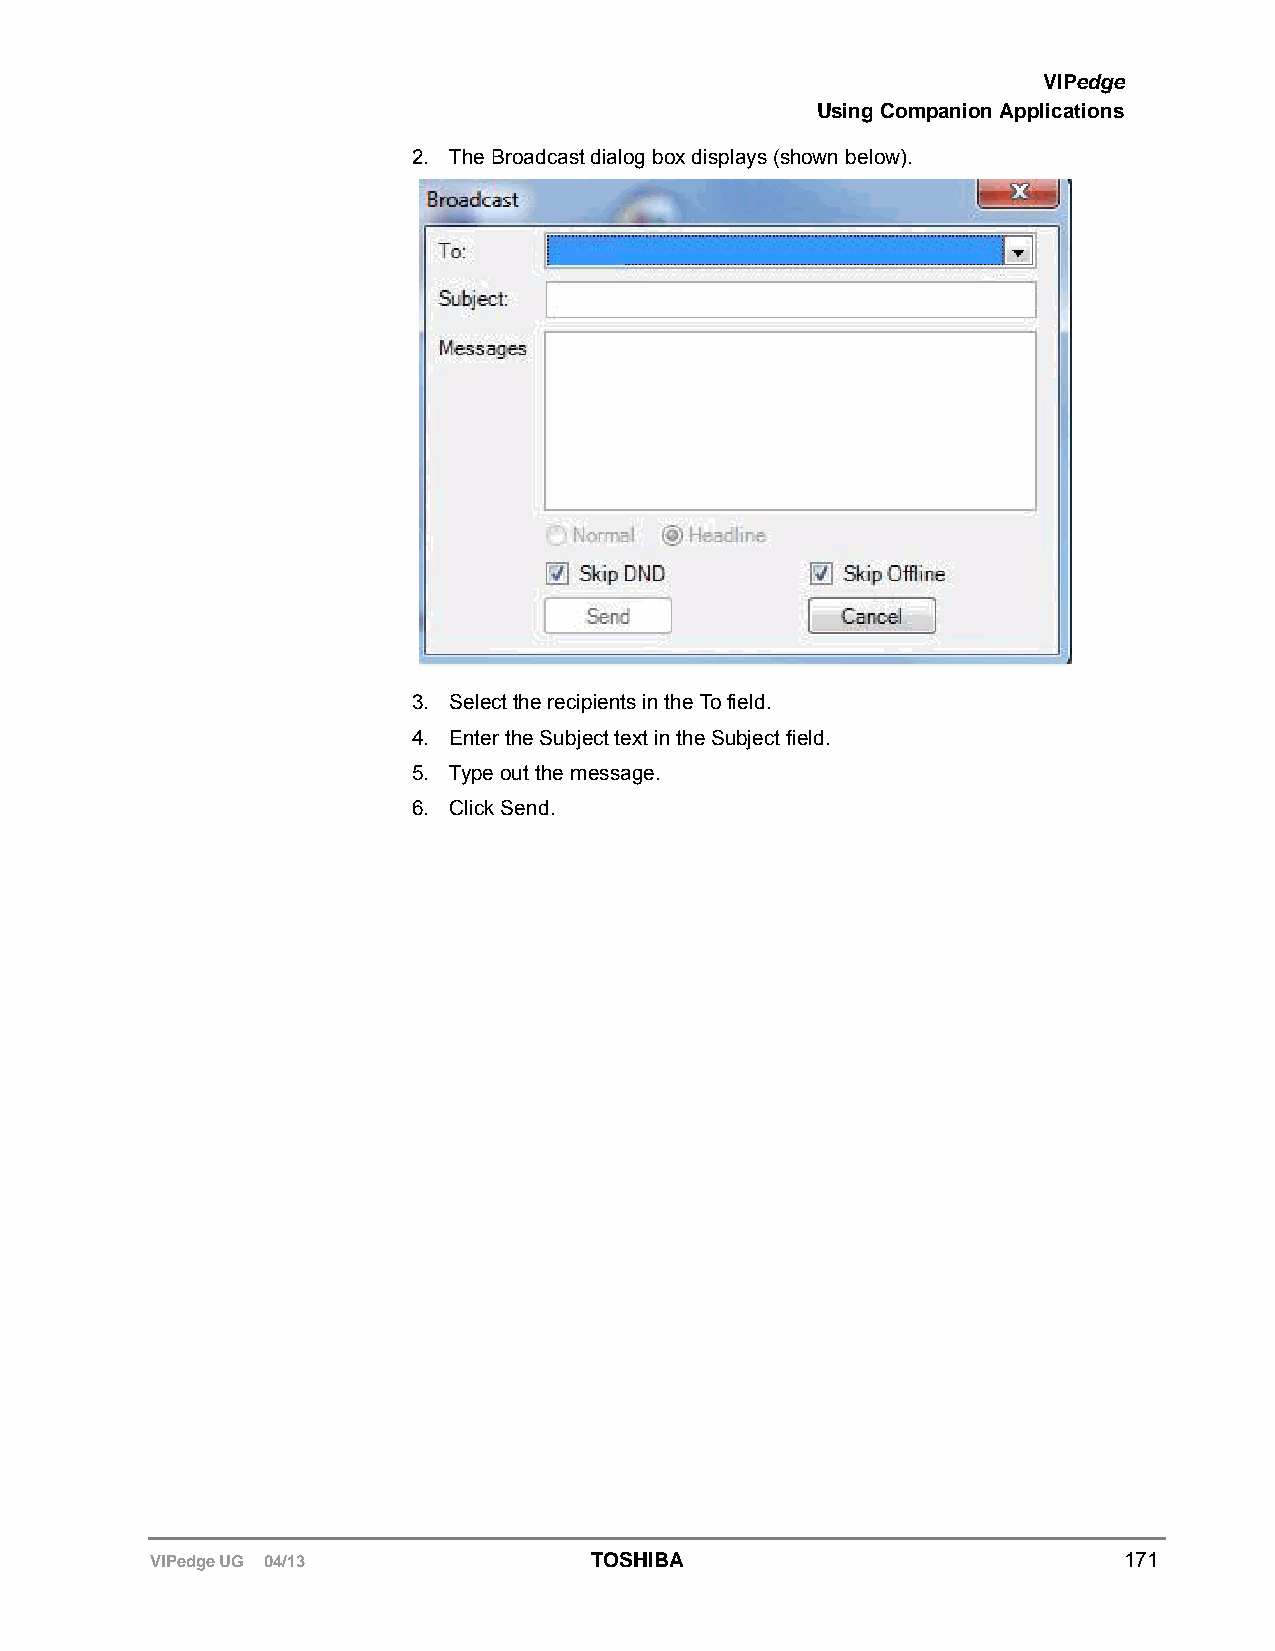
VIPedge
 Using Companion Applications
 2. The Broadcast dialog box displays (shown below).
 3. Select the recipients in the To field.
 4. Enter the Subject text in the Subject field.
 5. Type out the message.
 6. Click Send.
 VIPedge UG 04/13             TOSHIBA                            171